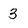
Character: 3